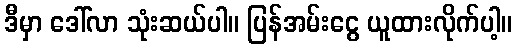
ဒီမှာ ဒေါ်လာ သုံးဆယ်ပါ။ ပြန်အမ်းငွေ ယူထားလိုက်ပါ့။